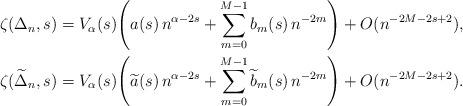
LaTeX: \begin{align*} &\zeta(\Delta_n, s) = V_\alpha(s) \Bigg( a(s) \, n^{\alpha-2s}+\sum_{m=0}^{M-1} b_m(s) \, n^{-2m} \Bigg)+ O(n^{-2M -2s +2}), \\&\zeta(\widetilde{\Delta}_n, s) = V_\alpha(s) \Bigg( \widetilde{a}(s) \, n^{\alpha-2s}+\sum_{m=0}^{M-1} \widetilde{b}_m(s) \, n^{-2m} \Bigg)+ O(n^{-2M -2s +2}).\end{align*}